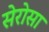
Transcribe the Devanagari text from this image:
सेरोसा